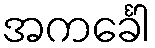
အကင်္ခေါ